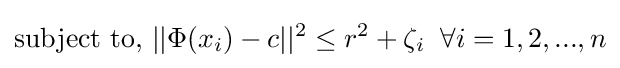
{\text{subject to, }}||\Phi (x_{i})-c||^{2}\leq r^{2}+\zeta _{i}\;\;\forall i=1,2,...,n